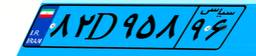
۸۲D۹۵۸۹۶